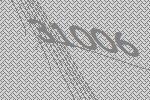
31006